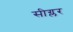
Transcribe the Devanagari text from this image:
सीग्लर